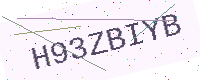
Text: H93ZBIYB